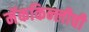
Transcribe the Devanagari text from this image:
मॅककिन्लीची